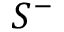
S ^ { - }